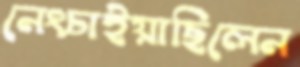
নেংচাইয়াছিলেন